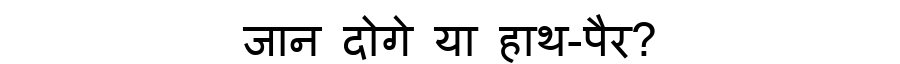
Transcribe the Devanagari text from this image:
जान दोगे या हाथ-पैर?